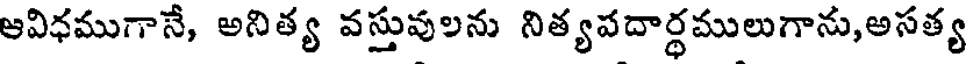
ఆవిధముగానే, అనిత్య వస్తువులను నిత్యవదార్థములుగాను,అసత్య